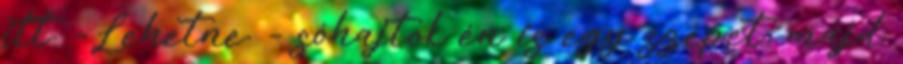
itt. -Lehetne. - sóhajtok én is egy szépet, majd